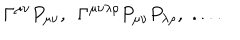
LaTeX: \Gamma ^ { \mu \nu } P _ { \mu \nu } , \, \, \, \Gamma ^ { \mu \nu \lambda \rho } P _ { \mu \nu } P _ { \lambda \rho } , \, \, . . . .